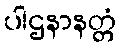
ပါဌနာနတ္တံ